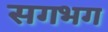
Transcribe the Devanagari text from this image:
सगभग